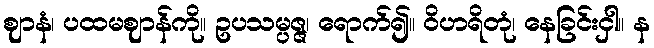
ဈာနံ၊ ပထမဈာန်ကို။ ဥပသမ္ပဇ္ဇ၊ ရောက်၍။ ဝိဟရိတုံ၊ နေခြင်းငှါ။ န